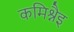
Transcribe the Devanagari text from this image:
कमिश्नैइ